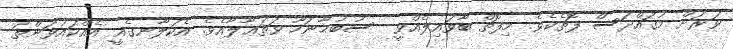
ވަރަށް މުޤައްދަސް ފޮތެކެވެ. މިފޮތް ބާވައިލެއްވީ  ސުބުޙާނަހޫ ވަތަޢާލާއެވެ. އެކަލާނގެއީ އެއްކައުވަންތަ